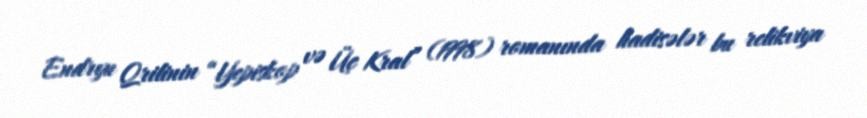
Endryu Qrilinin “Yepiskop və Üç Kral” (1998) romanında hadisələr bu relikviya